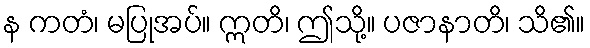
န ကတံ၊ မပြုအပ်။ ဣတိ၊ ဤသို့။ ပဇာနာတိ၊ သိ၏။